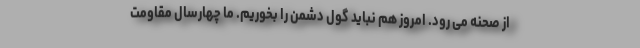
از صحنه می رود. امروز هم نباید گول دشمن را بخوریم. ما چهارسال مقاومت